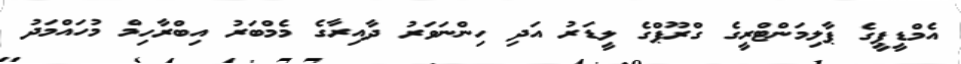
އެމްޑީޕީގެ ޕާލިމަންޓްރީގެ ގްރޫޕްގެ ލީޑަރު އަދި ހިންނަވަރު ދާއިރާގެ މެމްބަރު އިބްރާހިމް މުހައްމަދު